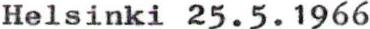
Helsinki 25.5.1966